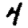
Digit: 4